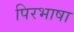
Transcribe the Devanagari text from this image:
पिरभाषा